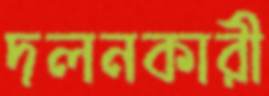
দলনকারী